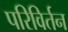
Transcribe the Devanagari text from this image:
परिविर्तन